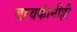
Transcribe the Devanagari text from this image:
वाचकांनीही